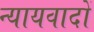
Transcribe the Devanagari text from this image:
न्यायवादों